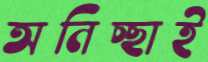
অনিচ্ছাই